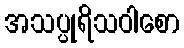
အသပ္ပုရိသဝါစော